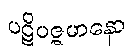
ပဋိပဇ္ဇမာနော